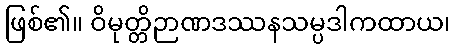
ဖြစ်၏။ ဝိမုတ္တိဉာဏဒဿနသမ္ပဒါကထာယ၊